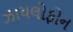
ઝાયલોફોન